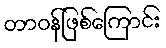
တာဝန်ဖြစ်ကြောင်း